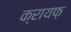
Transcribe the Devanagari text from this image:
क्रायफ़